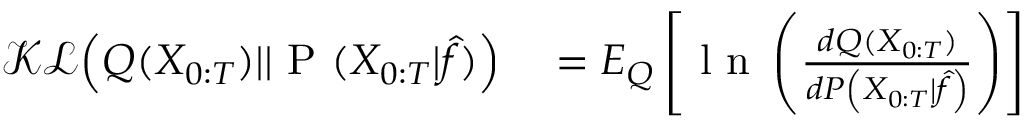
\begin{array} { r l } { \mathcal { K L } \Big ( Q ( X _ { 0 : T } ) | | \mathrm { ~ P ~ } ( X _ { 0 : T } | \hat { f } ) \Big ) } & { { } = E _ { { Q } } \left[ \mathrm { ~ l ~ n ~ } \left( \frac { d { Q } ( X _ { 0 : T } ) } { d { P } \left( X _ { 0 : T } \vert \hat { f } \right) } \right) \right] } \end{array}